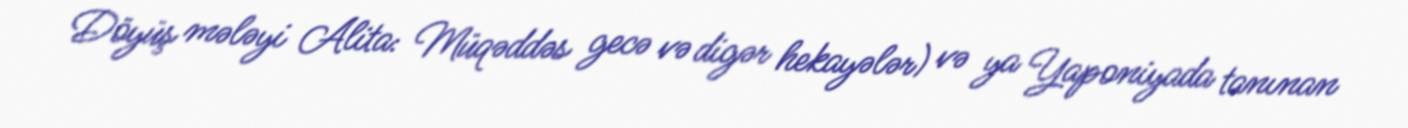
Döyüş mələyi Alita: Müqəddəs gecə və digər hekayələr) və ya Yaponiyada tanınan